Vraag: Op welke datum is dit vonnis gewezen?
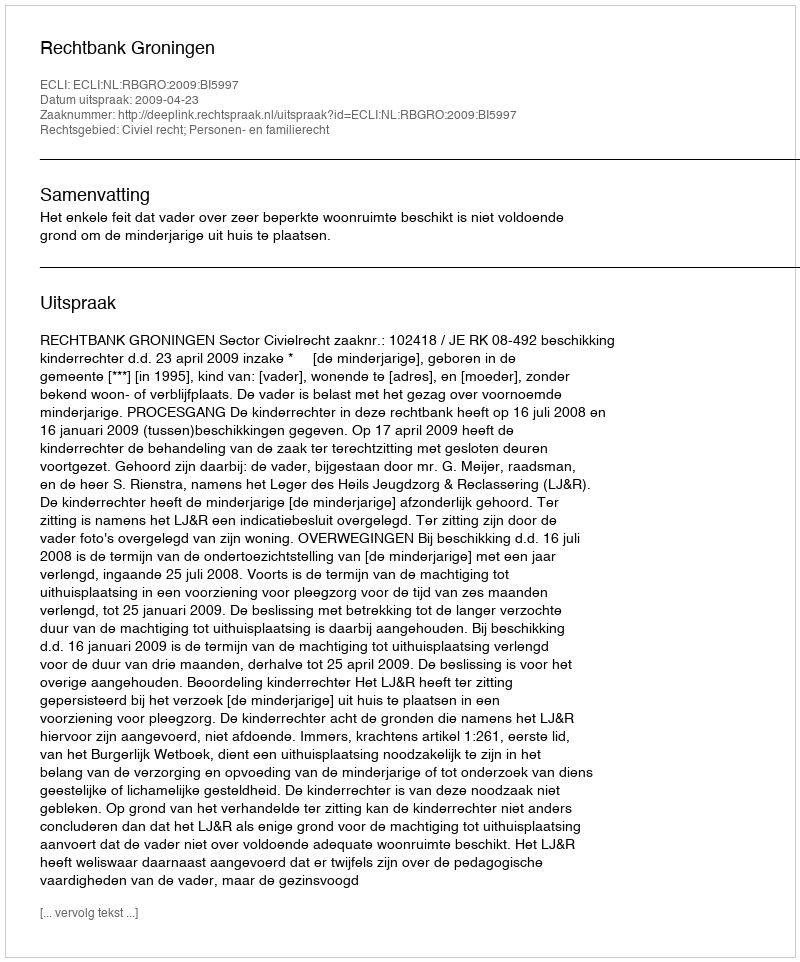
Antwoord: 2009-04-23